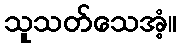
သူသတ်သေအံ့။